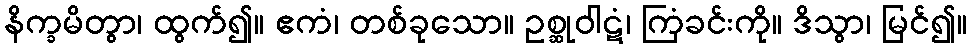
နိက္ခမိတွာ၊ ထွက်၍။ ဧကံ၊ တစ်ခုသော။ ဥစ္ဆုဝါဋံ၊ ကြံခင်းကို။ ဒိသွာ၊ မြင်၍။